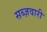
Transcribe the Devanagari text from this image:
सब्ज़वारी